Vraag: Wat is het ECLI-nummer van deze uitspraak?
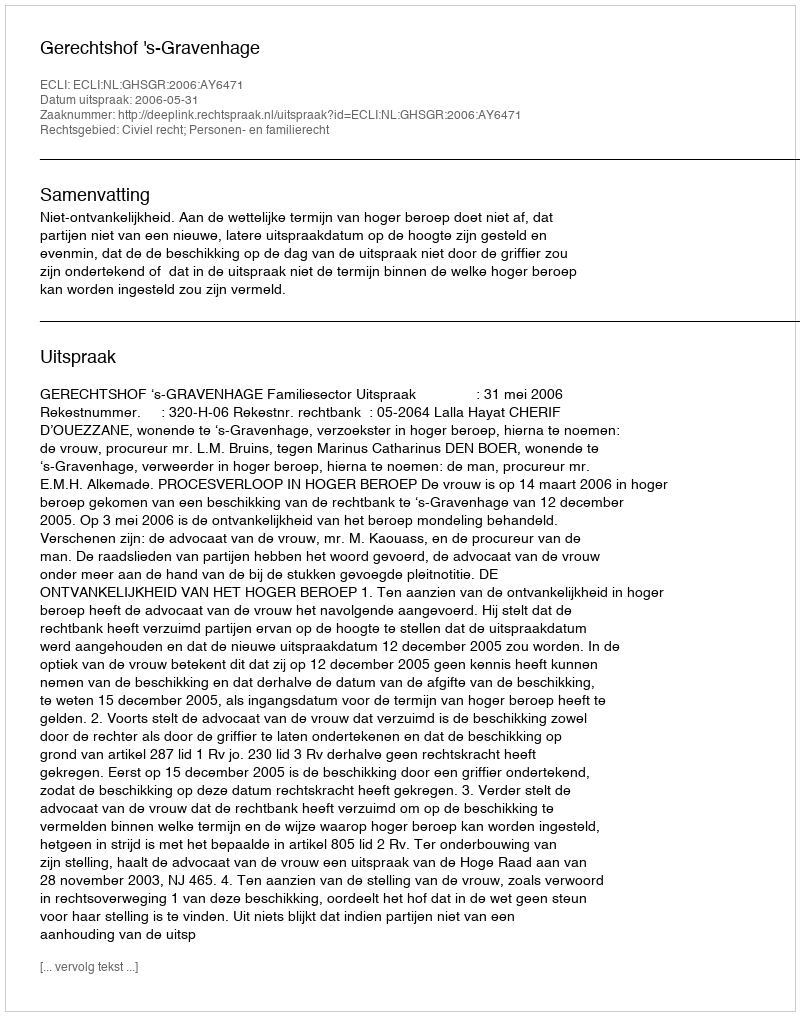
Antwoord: ECLI:NL:GHSGR:2006:AY6471